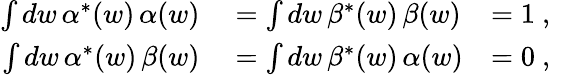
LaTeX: \begin{array}{rlr}{\int dw\, \alpha^{*}(w)\, \alpha(w)}&{{}=\int dw\, \beta^{*}(w)\, \beta(w)}&{=1\mathrm{~,~}}\\ {\int dw\, \alpha^{*}(w)\, \beta(w)}&{{}=\int dw\, \beta^{*}(w)\, \alpha(w)}&{=0\mathrm{~,~}}\end{array}